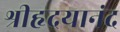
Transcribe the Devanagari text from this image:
श्रीहृदयानंद